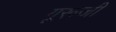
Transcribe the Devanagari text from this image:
गूरूजी